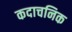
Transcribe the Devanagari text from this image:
कदाचनिक